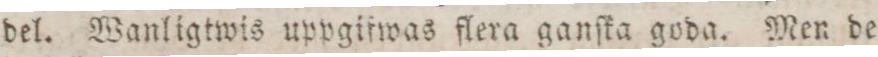
del. Wanligtwis uppgifwas flera ganſka goda. Men de